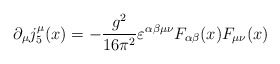
\begin{align*}\partial _\mu j_5^\mu (x)= - \frac{g^2}{16\pi^2} \varepsilon ^{\alpha \beta \mu \nu } F_{\alpha \beta} (x) F_{\mu \nu}(x)\end{align*}